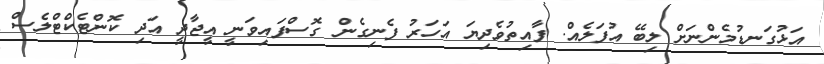
އަޅުގަނޑުމެންނަށް ލިބޭ އުފަލެއް. ފާއިތުވެދިޔަ އަހަރު ފެނިގެން ގޮސްފައިވަނީ އީޖާދީ އަދި ކޮންޓެކްޓްލެސް